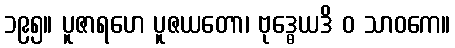
၁၉၅။ ပူဇာရဟေ ပူဇယတော၊ ဗုဒ္ဓေယဒိ ဝ သာဝကေ။